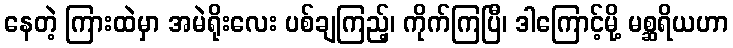
နေတဲ့ ကြားထဲမှာ အမဲရိုးလေး ပစ်ချကြည့်၊ ကိုက်ကြပြီ၊ ဒါကြောင့်မို့ မစ္ဆရိယဟာ